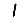
Digit: 1